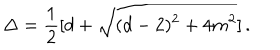
\Delta = { \frac { 1 } { 2 } } [ d + \sqrt { ( d - 2 ) ^ { 2 } + 4 m ^ { 2 } } ] \, .